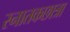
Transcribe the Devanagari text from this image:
स्नातकछात्रा